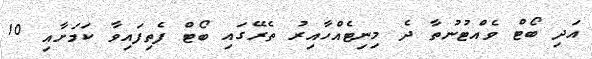
އަދި ބޯޓް ވެއްޓުނުތާ ދެ މިނިޓެއްހާއިރު ތެރޭގައި ބޯޓް ފެތިފައިވާ ކަމަށާއި 10